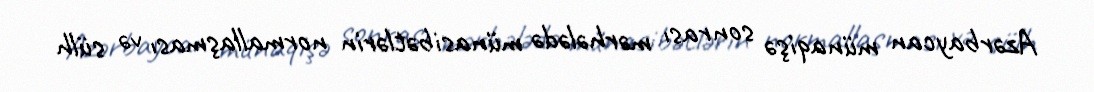
Azərbaycan münaqişə sonrası mərhələdə münasibətlərin normallaşması və sülh